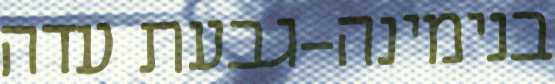
בנימינה-גבעת עדה